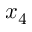
x _ { 4 }